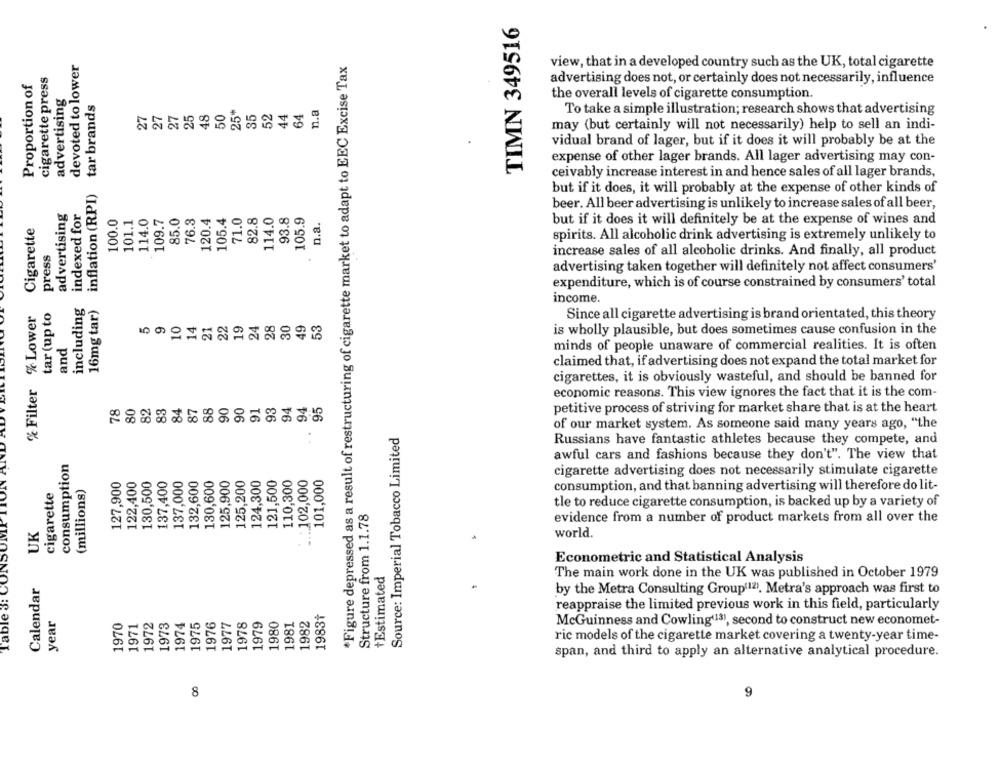
TIMN 349516
devoted to lower
*Figure depressed as a result of restructuring of cigarette market to adapt to EEC Excise Tax
view, that in a developed country such as the UK, total cigarette
Proportion of
cigarette press
advertising does not, or certainly does not necessarily, influence
advertising
tar brands
the overall levels of cigarette consumption.
27
27
27
25
48
50
25*
35
52
44
64
n.a
To take a simple illustration; research shows that advertising
may (but certainly will not necessarily) help to sell an indi-
vidual brand of lager, but if it does it will probably be at the
expense of other lager brands. All lager advertising may con-
ceivably increase interest in and hence sales of all lager brands,
inflation (RPI)
but if it does, it will probably at the expense of other kinds of
advertising
indexed for
beer. All beer advertising is unlikely to increase sales of all beer,
100.0
101.1
114.0
109.7
85.0
76.3
120.4
105.4
82.8
114.0
93.8
Cigarette
n.a.
but if it does it will definitely be at the expense of wines and
spirits. All alcoholic drink advertising is extremely unlikely to
press
increase sales of all alcoholic drinks. And finally, all product
.
advertising taken together will definitely not affect consumers'
expenditure, which is of course constrained by consumers' total
income.
tar (up to
including
16mg tar)
% Filter % Lower
Since all cigarette advertising is brand orientated, this theory
10
14
22
19
24
28
30
49
53
is wholly plausible, but does sometimes cause confusion in the
and
minds of people unaware of commercial realities. It is often
claimed that, if advertising does not expand the total market for
cigarettes, it is obviously wasteful, and should be banned for
80
82
83
84
87
88
90
91
93
94
94
economic reasons. This view ignores the fact that it is the com-
78
90
95
petitive process of striving for market share that is at the heart
Source: Imperial Tobacco Limited
of our market system. As someone said many years ago, "the
Russians have fantastic athletes because they compete, and
consumption
awful cars and fashions because they don't". The view that
127,900
122,400
130,500
137,400
137,000
132,600
130,600
125,900
125,200
124,300
121,500
110,300
.: 102,000
101,000
cigarette advertising does not necessarily stimulate cigarette
(millions)
cigarette
consumption, and that banning advertising will therefore do lit-
tle to reduce cigarette consumption, is backed up by a variety of
Structure from 1.1.78
evidence from a number of product markets from all over the
UK
world.
Econometric and Statistical Analysis
+Estimated
The main work done in the UK was published in October 1979
Table 3: C
Calendar
by the Metra Consulting Group(12). Metra's approach was first to
reappraise the limited previous work in this field, particularly
year
1983+
1970
1971
1972
1973
1974
1975
1976
1977
1978
1979
1980
1981
1982
McGuinness and Cowling(13), second to construct new economet-
ric models of the cigarette market covering a twenty-year time-
span, and third to apply an alternative analytical procedure.
8
9